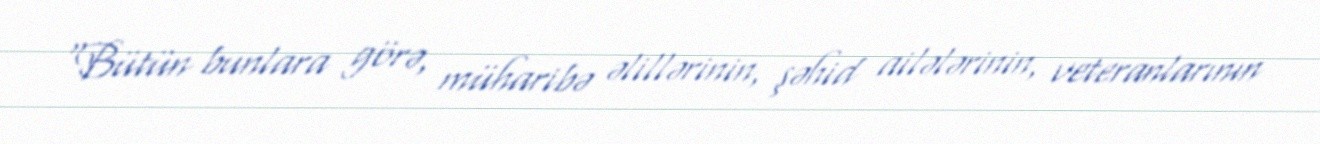
“Bütün bunlara görə, müharibə əlillərinin, şəhid ailələrinin, veteranlarının